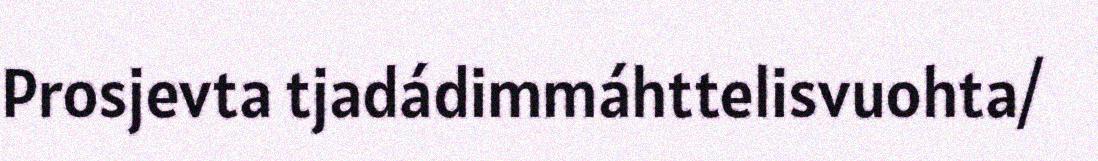
Prosjevta tjadádimmáhttelisvuohta/